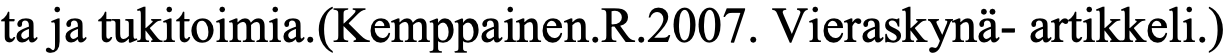
ta ja tukitoimia.(Kemppainen.R.2007. Vieraskynä- artikkeli.)